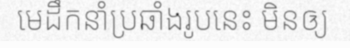
មេដឹកនាំប្រឆាំងរូបនេះ មិនឲ្យ